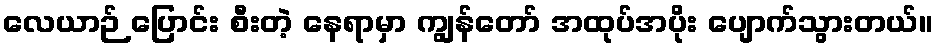
လေယာဉ် ပြောင်း စီးတဲ့ နေရာမှာ ကျွန်တော် အထုပ်အပိုး ပျောက်သွားတယ်။